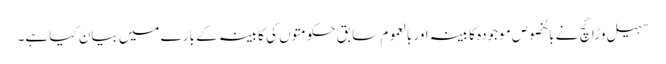
سہیل وڑائچ نے بالخصوص موجودہ کابینہ اور بالعموم سابق حکومتوں کی کابینہ کے بارے میں بیان کیا ہے۔